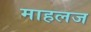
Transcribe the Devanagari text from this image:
माहलज